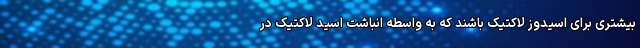
بیشتری برای اسیدوز لاکتیک باشند که به واسطه انباشت اسید لاکتیک در